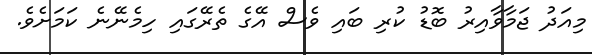
މިއަދު ޖަމާވާއިރު ބޮޑު ކުރި ބައި ވެސް އޭގެ ތެރޭގައި ހިމެނޭނެ ކަމަށެވެ.